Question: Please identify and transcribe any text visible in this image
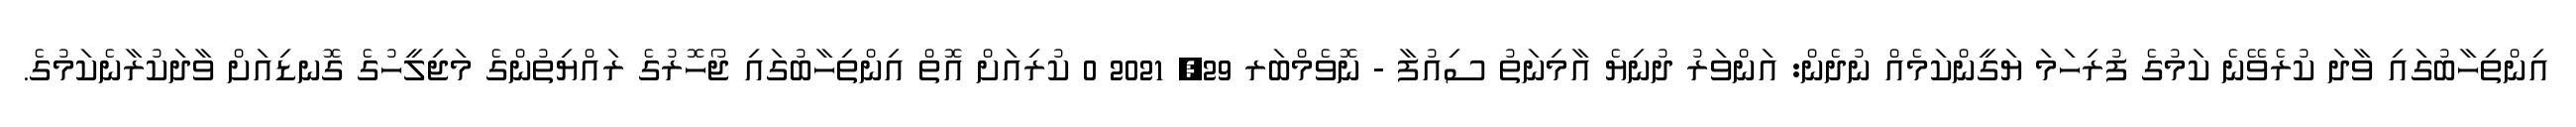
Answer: އިންތިހާބުގައި ވާދަ ކުރެވޭނެ ކަމުގެ ފުރިހަމަ ޔަގީންކަމެއް ނުދެން: އަންވަރު ދުނިޔެ އާމިނަތު ސިއުފާ - ނޮވެމްބަރ 29, 2021 0 ކުރިއަށް އޮތް އިންތިހާބުގައި ޖޯހޮރުގެ ރައްޔިތުންގެ މަޖިލީހުގެ ގޮނޑިއަށް ވާދަކުރާނެކަމުގެ.